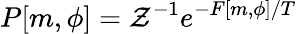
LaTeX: P[m,\phi]=\mathcal{Z}^{-1}e^{-F[m,\phi]/T}